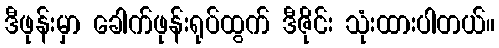
ဒီဖုန်းမှာ ခေါက်ဖုန်းရုပ်ထွက် ဒီဇိုင်း သုံးထားပါတယ်။